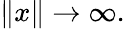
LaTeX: \| x\| \to\infty.